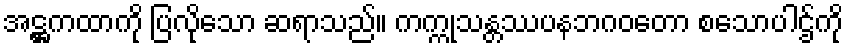
အဋ္ဌကထာကို ပြလိုသော ဆရာသည်။ ကက္ကုသန္တဿပနဘဂဝတော စသောပါဌ်ကို